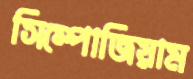
সিম্পোজিয়াম